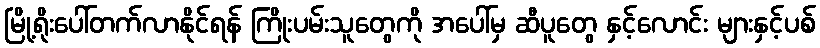
မြို့ရိုးပေါ်တက်လာနိုင်ရန် ကြိုးပမ်းသူတွေကို အပေါ်မှ ဆီပူတွေ နှင့်လောင်း များနှင့်ပစ်